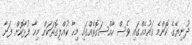
ދުނިޔޭގެ ކޮންމެ ގައުމެއްގައި ވެސް ހާއްސަގޮތެއްގައި މިހާ ކުއްލިގޮތަކަށް މިހާ ފުޅާކޮށް ފަށާ